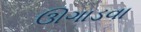
ઊગાડવા